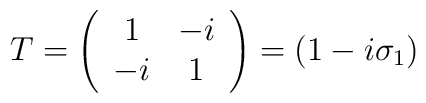
T=\left(\begin{array}{cc}1 & -i \\-i & 1\end{array}\right) =(1-i\sigma _1)